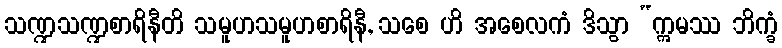
သဏ္ဍသဏ္ဍစာရိနီတိ သမူဟသမူဟစာရိနီ, သစေ ဟိ အစေလကံ ဒိသွာ “ဣမဿ ဘိက္ခံ